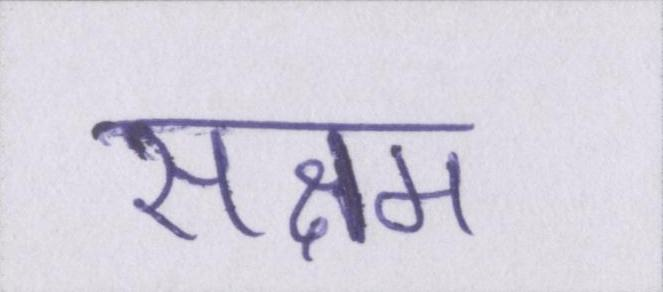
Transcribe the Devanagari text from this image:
सक्षम